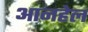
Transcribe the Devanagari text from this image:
आनहेल